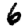
Digit: 6